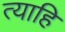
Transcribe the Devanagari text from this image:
त्याहि